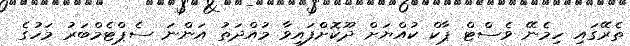
ތެރޭގައި ހިމެނޭ ވެސްޓް ޕާކް ކުއްޔަށް ދޫކޮށްފައިވާ މުއްދަތު އަންނަ ސެޕްޓެމްބަރު މަހުގެ